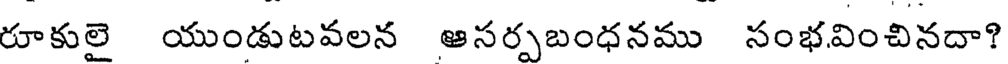
రూకులై యుండుటవలన ఆసర్పబంధనము సంభవించినదా?